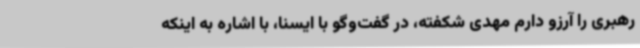
رهبری را آرزو دارم مهدی شکفته، در گفت‌وگو با ایسنا، با اشاره به اینکه